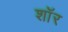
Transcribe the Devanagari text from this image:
शाॅर